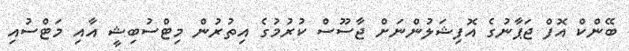
ބޭންކް އޮފް ޖަޕާނުގެ އޮފިޝަލުންނަށް ޖާސޫސް ކުރުމުގެ އިތުރުން މިޓްސުބިޝީ އާއި މަޓްސުއި